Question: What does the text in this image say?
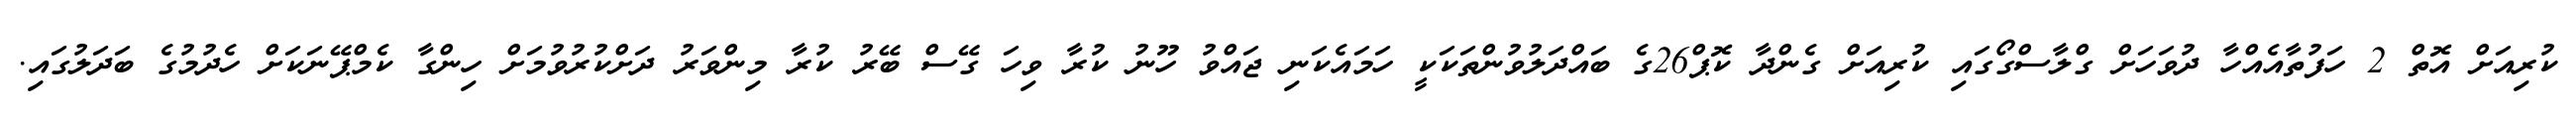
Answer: ކުރިއަށް އޮތް 2 ހަފުތާއެއްހާ ދުވަހަށް ގްލާސްގޯގައި ކުރިއަށް ގެންދާ ކޮޕް26ގެ ބައްދަލުވުންތަކަކީ ހަމައެކަނި ޖައްވު ހޫނު ކުރާ ވިހަ ގޭސް ބޭރު ކުރާ މިންވަރު ދަށްކުރުވުމަށް ހިންގާ ކެމްޕޭނަކަށް ހެދުމުގެ ބަދަލުގައި.